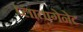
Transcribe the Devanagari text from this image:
प्लातागेनेट